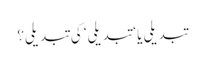
تبدیلی یا ‘تبدیلی‘ کی تبدیلی؟